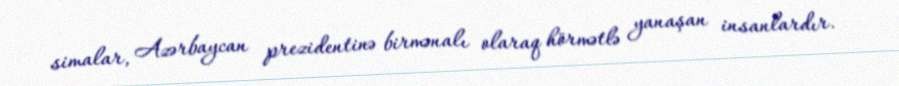
simalar, Azərbaycan prezidentinə birmənalı olaraq hörmətlə yanaşan insanlardır.